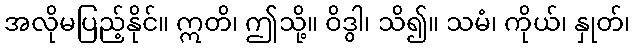
အလိုမပြည့်နိုင်။ ဣတိ၊ ဤသို့။ ဝိဒွါ၊ သိ၍။ သမံ၊ ကိုယ်၊ နှုတ်၊